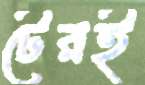
টেরই